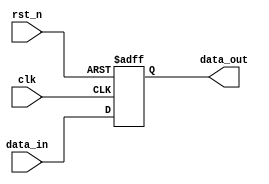
module ParameterizedRegister #(
    parameter WIDTH = 8 // Parameter to define register width (default 8 bits)
)(
    input wire clk,              // Clock signal
    input wire rst_n,           // Active-low reset signal
    input wire [WIDTH-1:0] data_in, // Input data to be stored
    output reg [WIDTH-1:0] data_out // Output registered data
);

// Process for the register functionality
always @(posedge clk or negedge rst_n) begin
    if (!rst_n) begin
        // Asynchronous reset: set register to zero
        data_out <= {WIDTH{1'b0}}; // Set all bits to zero
    end else begin
        // On the rising edge of the clock, latch input data to output
        data_out <= data_in;
    end
end

endmodule